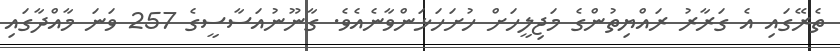
ތެރޭގައި އެ ގަރާރު ރައްޔިތުންގެ މަޖިލީހަށް ހުށަހަޅަންވާނެއެވެ. ގާނޫނުއަސާސީގެ 257 ވަނަ މާއްދާގައި